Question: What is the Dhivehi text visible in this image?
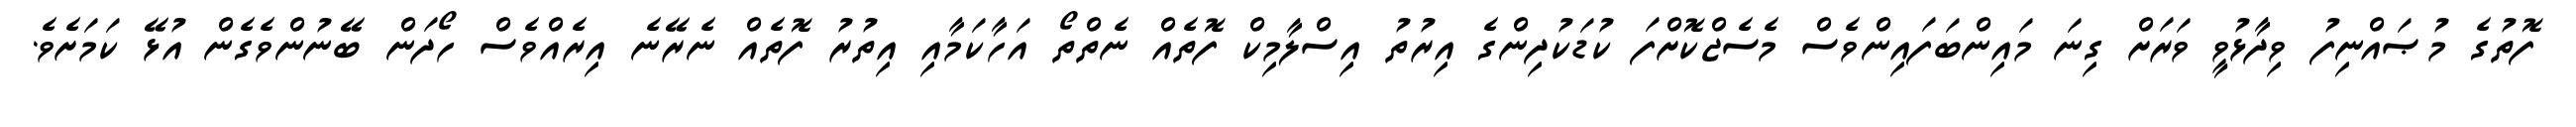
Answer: ފޮތުގެ މުޞައްނިފު ވިދާޅުވީ ވަރަށް ގިނަ މައިންބަފައިންވެސް މެސެޖްކޮށްފަ ކުޑަކުދިންގެ އިރުތު އިސްލާމިކް ފޮތެއް ނެތްތޯ އަހާކަމާއި އިތުރު ފޮތެއް ނެރޭނެ އިރެއްވެސް ހޯދަން ބޭނުންވެގެން އުޅޭ ކަމަށެވެ.